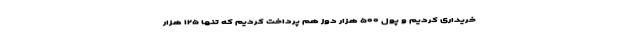
خریداری کردیم و پول ۵۰۰ هزار دوز هم پرداخت کردیم که تنها ۱۲۵ هزار